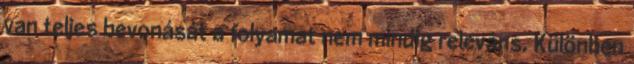
van teljes bevonását a folyamat nem mindig releváns. Különben